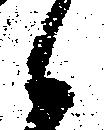
候